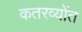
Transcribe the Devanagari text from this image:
कतरव्योंत